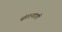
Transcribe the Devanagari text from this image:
संतानप्राप्ती